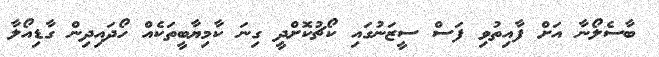
ބާސެލޯނާ އަށް ފާއިތުވި ފަސް ސީޒަނުގައި ކޯޗުކޮށްދީ ގިނަ ކާމިޔާބީތަކެއް ހޯދައިދިން ގާޑިއޯލާ